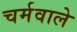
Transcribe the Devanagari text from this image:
चर्मवाले